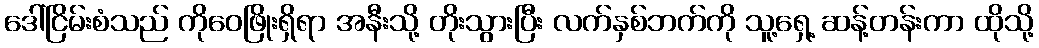
ဒေါ်ငြိမ်းစံသည် ကိုဝေဖြိုးရှိရာ အနီးသို့ တိုးသွားပြီး လက်နှစ်ဘက်ကို သူ့ရှေ့ ဆန့်တန်းကာ ထိုသို့